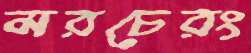
মরচেরং